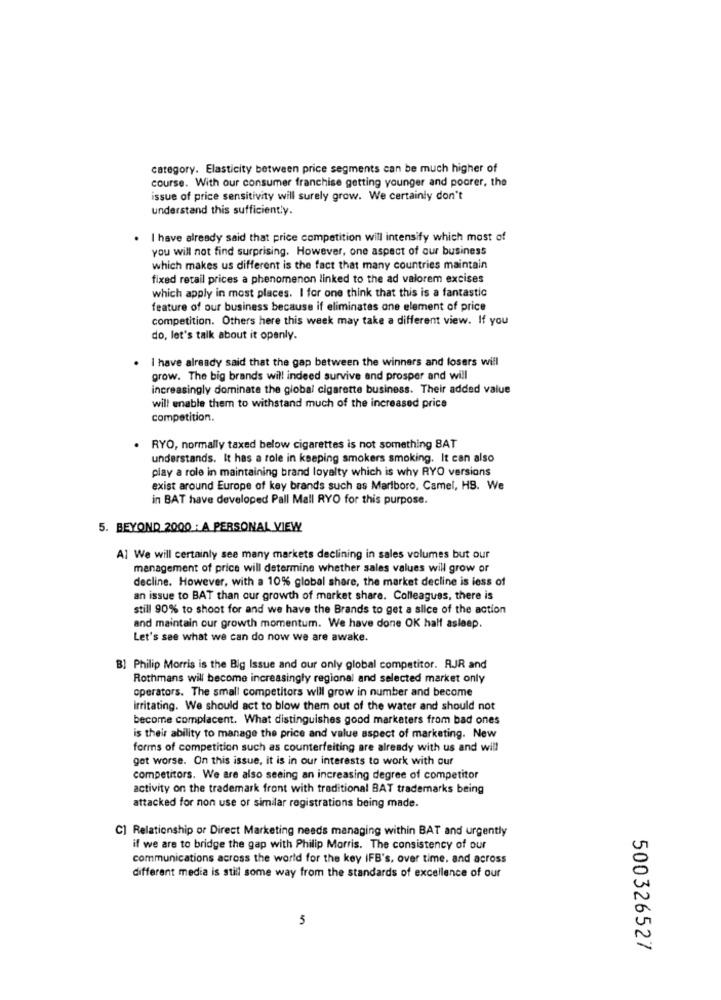
category. Elasticity between price segments can be much higher of
course. With our consumer franchise getting younger and poorer, the
issue of price sensitivity will surely grow. We certainly don't
understand this sufficiently.
. I have already said that price competition will intensify which most of
you will not find surprising. However, one aspect of our business
which makes us different is the fact that many countries maintain
fixed retail prices a phenomenon linked to the ad valorem excises
which apply in most places. I for one think that this is a fantastic
feature of our business because if eliminates one element of price
competition. Others here this week may take a different view. If you
do, let's talk about it openly.
I have already said that the gap between the winners and losers will
grow. The big brands will indeed survive and prosper and will
increasingly dominate the global cigarette business. Their added value
will enable them to withstand much of the increased price
competition.
. RYO, normally taxed below cigarettes is not something 8AT
understands. It has a role in keeping smokers smoking. It can also
play a role in maintaining brand loyalty which is why RYO versions
exist around Europe of key brands such as Marlboro, Camel, HS. We
in BAT have developed Pall Mall RYO for this purpose.
5. BEYOND 2000 : A PERSONAL VIEW
Al We will certainly see many markets declining in sales volumes but our
management of price will determine whether sales values will grow or
decline. However, with a 10% global share, the market decline is iess of
an issue to BAT than our growth of market share. Colleagues, there is
still 90% to shoot for and we have the Brands to get a slice of the action
and maintain our growth momentum. We have done OK half asleep.
Let's see what we can do now we are awake.
B] Philip Morris is the Big Issue and our only global competitor. RJJR and
Rothmans will become increasingly regional and selected market only
operators. The small competitors will grow in number and become
Irritating. We should act to blow them out of the water and should not
become complacent. What distinguishes good marketers from bad ones
is their ability to manage the price and value aspect of marketing. New
forms of competition such as counterfeiting are already with us and will
get worse. On this issue, it is in our interests to work with our
competitors. We are also seeing an increasing degree of competitor
activity on the trademark front with traditional BAT trademarks being
attacked for non use or similar registrations being made.
C] Relationship or Direct Marketing needs managing within BAT and urgently
if we are to bridge the gap with Philip Morris. The consistency of our
communications across the world for the key IFB's, over time, and across
different media is still some way from the standards of excellence of our
5
500326527